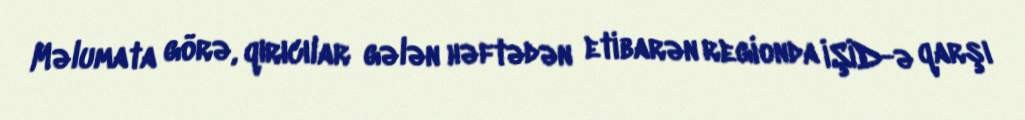
Məlumata görə, qırıcılar gələn həftədən etibarən regionda İŞİD-ə qarşı